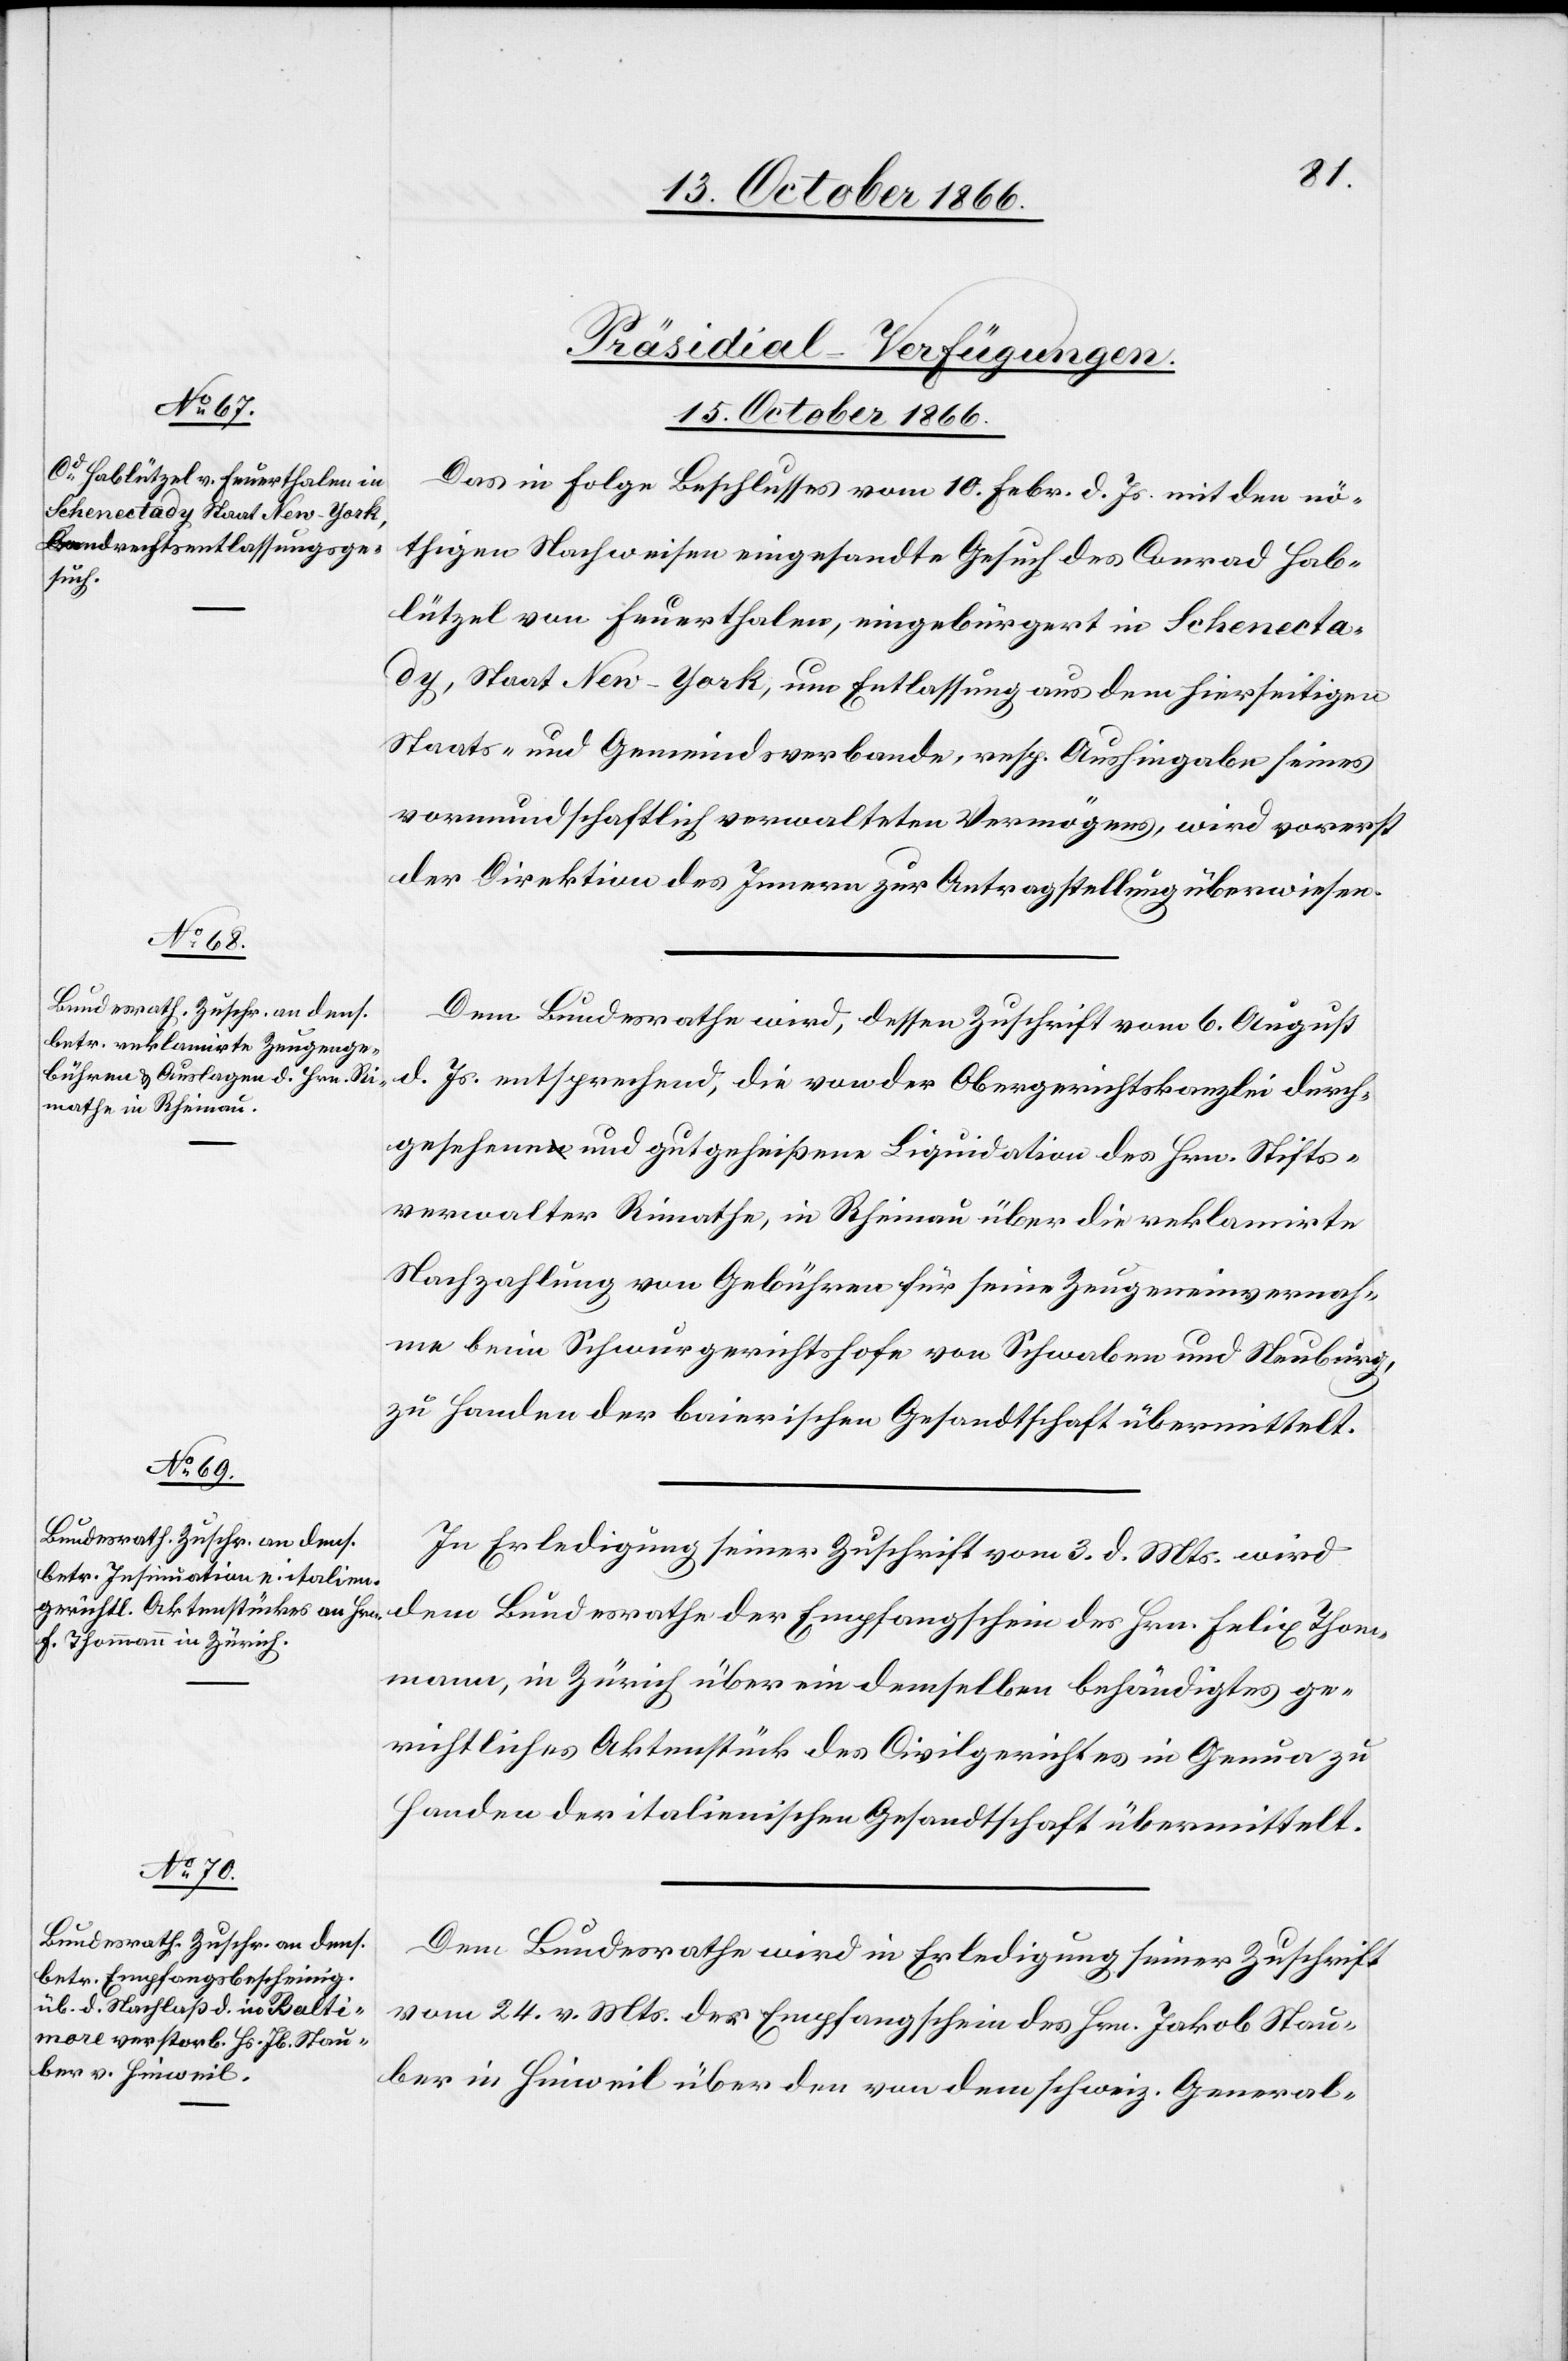
[Präsidial-Verfügungen.
15. October 1866.]
Das in Folge Beschlusses vom 10. Febr. d. Js. mit den nö¬
thigen Nachweisen eingesandte Gesuch des Conrad Hab¬
lützel von Feuerthalen, eingebürgert in Schenecta¬
dy, Staat New-York, um Entlassung aus dem hierseitigen
Staats- und Gemeindsverbande, resp. Aushingabe seines
vormundschaftlich verwalteten Vermögens, wird vorerst
der Direktion des Innern zur Antragstellung überwiesen.
Dem Bundesrathe wird, dessen Zuschrift vom 6. August
d. Js. entsprechend, die von der Obergerichtskanzlei durch¬
gesehene und gutgeheißene Liquidation des Hrn. Stifts¬
verwalter Rimathe, in Rheinau über die reklamirte
Nachzahlung von Gebühren für seine Zeugeneinvernah¬
me beim Schwurgerichtshofe von Schwaben und Neuburg,
zu Handen der baierischen Gesandtschaft übermittelt.
In Erledigung seiner Zuschrift vom 3. d. Mts. wird
dem Bundesrathe der Empfangschein des Hrn. Felix Thom¬
mann, in Zürich über ein demselben behändigtes ge¬
richtliches Aktenstück des Civilgerichtes in Genua zu
Handen der italienischen Gesandtschaft übermittelt.
Dem Bundesrathe wird in Erledigung seiner Zuschrift
vom 24. v. Mts. der Empfangschein des Hrn. Jakob Stau¬
ber in Hinweil über den von dem schweiz. General-